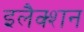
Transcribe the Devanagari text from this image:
इलैक्शन